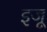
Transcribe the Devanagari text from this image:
इजू